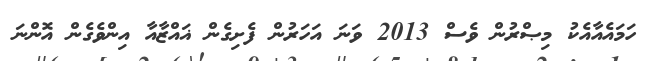
ހަމައެއާއެކު މިޞްރުން ވެސް 2013 ވަނަ އަހަރުން ފެށިގެން ޣައްޒާއާ އިންވެގެން އޮންނަ